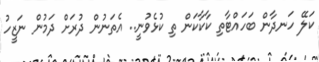
ކަލޭ ހަނދާން ބަހައްޓާތި ކާކާކަން ތި ކުޅެވުނީ.. އެތަނުން ދުރަށް ދަމުން ނަޒީހު